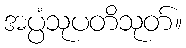
အပ္ပံသုပတိသုတ်။